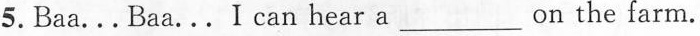
5.Baa...Baa... I can hear a___ on the farm.